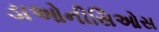
ડાઓનીસિઓસ